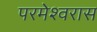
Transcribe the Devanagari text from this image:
परमेश्वरास